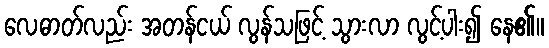
လေဓာတ်လည်း အတန်ငယ် လွန်သဖြင့် သွားလာ လွင့်ပါး၍ နေ၏။